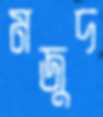
মজুদ